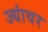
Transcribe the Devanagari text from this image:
ज्यांवर